Report on lock hospitals in British Burma
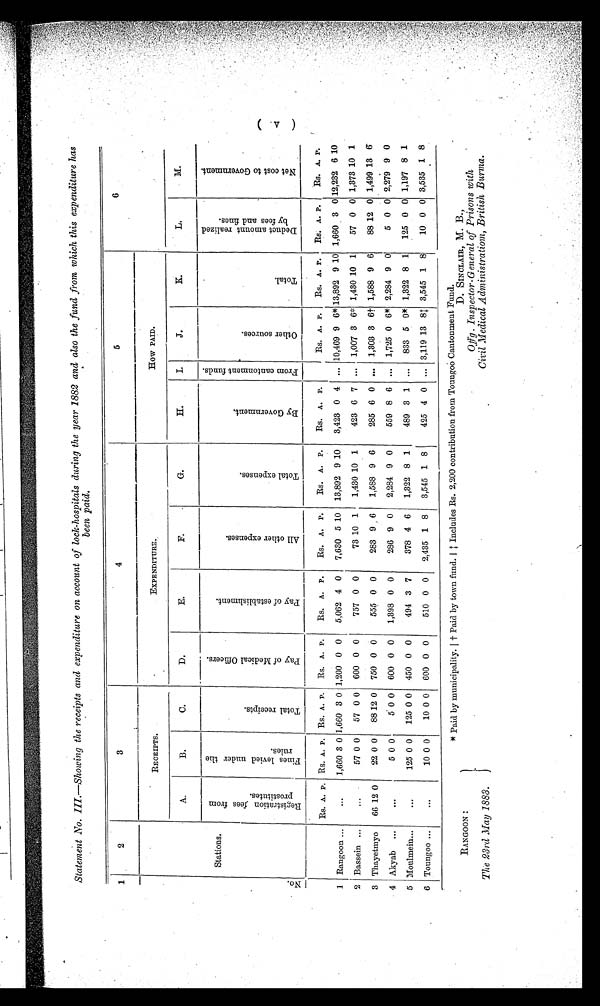
RANGOON :
The 23rd May 1883.
D. SINCLAIR, M. B.,
Offg . Inspector-General of Prisons with
Civil Medical Administration, British Burma.
Statement No. III.—Showing the receipts and expenditure on account of lock-hospitals during the year 1882 and also the fund from which this expenditure has
been paid.
1
2
3
4
5
6
N o .
Stations.
RECEIPTS.
EXPENDITURE.
HOW PAID.
A.
B.
C.
D.
E.
F.
G.
H.
I.
J.
K.
L.
M.
R e g i s t r a t i o n f e e s f r o m P r o s t i t u t e s .
F i n e s l i e v e d u n d e r t h e r u l e s .
T o t a l r e c e i p t s .
P a y o f M e d i c a l O f f i c e r s .
P a y o f e s t a b l i s h m e n t .
A l l o t h e r e x p e n s e s .
T o t a l e x p e n s e s .
B y G o v e r n m e n t .
F r o m c a n t o n m e n t f u n d s .
O t h e r s o u r c e s .
T o t a l .
D e d u c t a m o u n t r e a l i z e d b y f e e s a n d f i n e s .
N e t c o s t G o v e r n m e n t .
Rs. A. P. Rs. A. P. RS. A. P. Rs. A. P.
RS. A. P.
Rs. A. P.
Rs. A. P.
RS. A. P.
Rs. A. P.
Rs. A. P.
Rs. A. P.
Rs. A. P.
1 Rangoon ...
...
1,660 3 0 1,660 3 0 1,200 0 0
5,062 4 0
7,630 5 10 13,892 9 10
3,423 0 4 ... 10,469 9 6* 13,892 9 10 1,660 3 0 12,232 6 10
2 Bassein ...
...
57 0 0
57 0 0 600 0 0
757 0 0
73 10 1
1,430 10 1
423 6 7 ... 1,007 3 6* 1,430 10 1
57 0 0 1,373 10 1
3 Thayetmyo
66 12 0
22 0 0
88 12 0 750 0 0
555 0 0
283 9 6
1,588 9 6
285 6 0 ... 1,303 3 6† 1,588 9 6
88 12 0 1,499 13 6
4 Akyab ...
...
5 0 0
5 0 0 600 0 0
1,398 0 0
286 9 0
2,284 9 0
559 8 6 ... 1,725 0 6* 2,284 9 0
5 0 0 2,279 9 0
5 Moulmein...
...
1 2 5 0 0
125 0 0 450 0 0
494 3 7
378 4 6
1,322 8 1
489 3 1 ...
833 5 0* 1,322 8 1
125 0 0 1,197 8 1
6 Toungoo ...
...
10 0 0
10 0 0 600 0 0
510 0 0
2,435 1 8
3,545 1 8
425 4 0 ... 3,119 13 8‡ 3,545 1 8
10 0 0 3,535 1
* Paid by
municipality.|† Paid by town fund.|‡ Includes Rs.2,200 contribution from Toungoo Cantonment Fund.
(V)